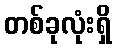
တစ်ခုလုံးရှိ